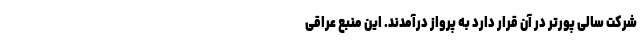
شرکت سالی پورتر در آن قرار دارد به پرواز درآمدند. این منبع عراقی